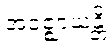
အဝဇ္ဈာယန္တိ